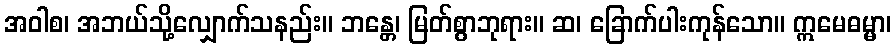
အဝါစ၊ အဘယ်သို့လျှောက်သနည်း။ ဘန္တေ၊ မြတ်စွာဘုရား။ ဆ၊ ခြောက်ပါးကုန်သော။ ဣမေဓမ္မာ၊